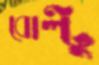
বোল্টু